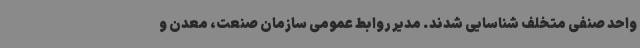
واحد صنفی متخلف شناسایی شدند. مدیر روابط عمومی سازمان صنعت، معدن و